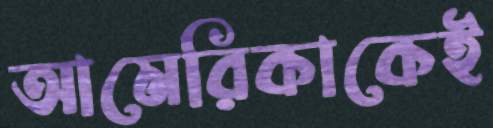
আমেরিকাকেই